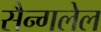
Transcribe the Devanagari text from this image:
सैन्गलेल